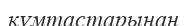
құмтастарынан